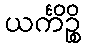
ယင်္ကိဉ္စိ